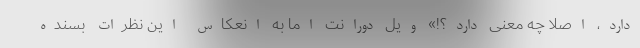
دارد، اصلا چه معنی دارد؟!» ویل دورانت اما به انعکاس این نظرات بسنده